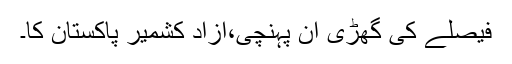
فیصلے کی گھڑی آن پہنچی،آزاد کشمیر پاکستان کا۔